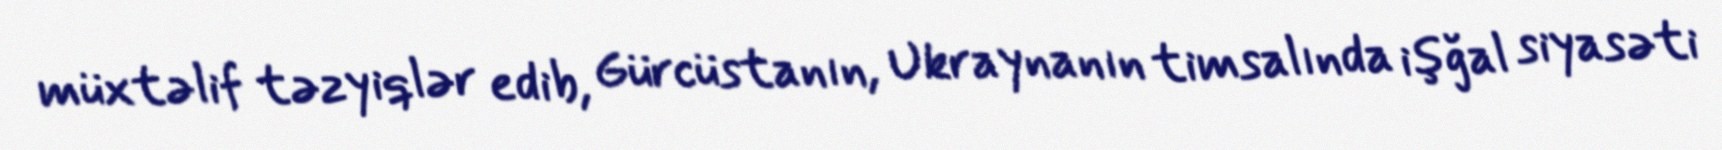
müxtəlif təzyiqlər edib, Gürcüstanın, Ukraynanın timsalında işğal siyasəti